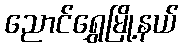
ညောင်ရွှေမြို့နယ်